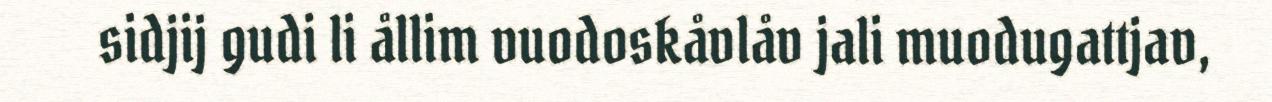
sidjij gudi li ållim vuodoskåvlåv jali muodugattjav,